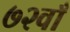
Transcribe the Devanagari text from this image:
७२वाँ